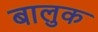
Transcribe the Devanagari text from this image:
बालुक